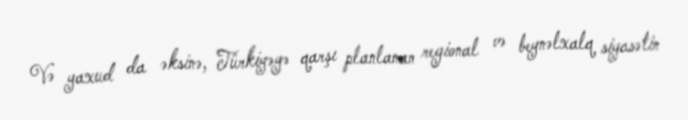
Və yaxud da əksinə, Türkiyəyə qarşı planlanan regional və beynəlxalq siyasətin